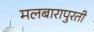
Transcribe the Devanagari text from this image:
मलबारापुरती